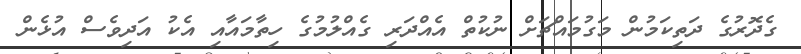
ގެދޮރުގެ ދަތިކަމުން މަގުމައްޗަށް ނުކުތް އެއްދަރި ގެއްލުމުގެ ހިތާމައާއި އެކު އަދިވެސް އުޅެން